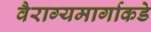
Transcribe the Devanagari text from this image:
वैराग्यमार्गाकडे